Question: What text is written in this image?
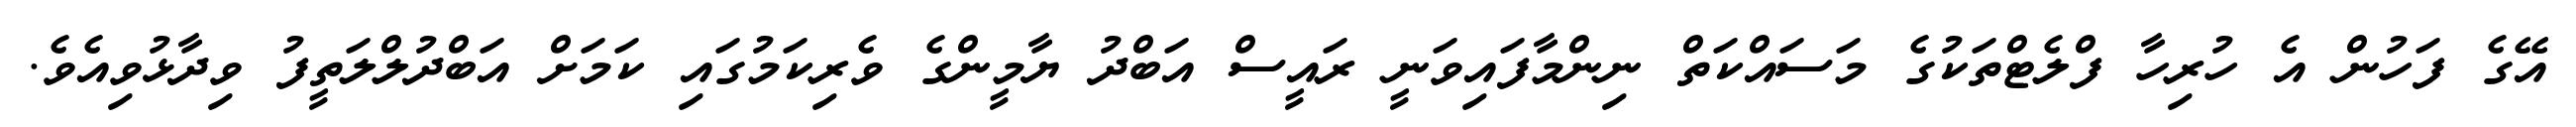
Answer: އޭގެ ފަހުން އެ ހުރިހާ ފްލެޓްތަކުގެ މަސައްކަތް ނިންމާފައިވަނީ ރައީސް އަބްދު ޔާމީންގެ ވެރިކަމުގައި ކަމަށް އަބްދުލްލަތީފު ވިދާޅުވިއެވެ.